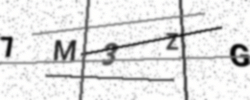
Text: 7M3ZG